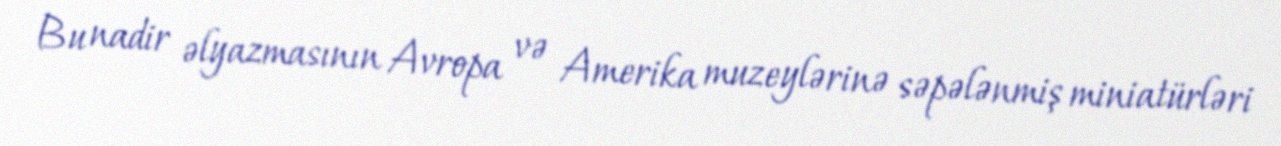
Bu nadir əlyazmasının Avropa və Amerika muzeylərinə səpələnmiş miniatürləri